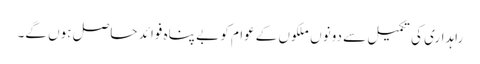
راہداری کی تکمیل سے دونوں ملکوں کےعوام کو بے پناہ فوائد حاصل ہوں گے۔